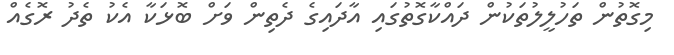
މިގޮތުން ތަހުލީލުތަކުން ދައްކާގޮތުގައި އާދައިގެ ދެތިން ވަށް ބޮޅަކާ އެކު ތެދު ރޮގެއް